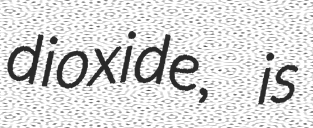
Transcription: dioxide, is